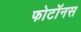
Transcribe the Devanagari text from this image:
फोटॉनस